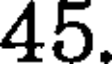
45.